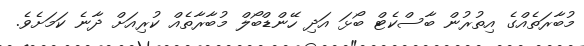
މުބާރަތެއްގެ އިތުރުން ބާސްކެޓް ބޯޅަ އަދި ހޭންޑްބޯލް މުބާރާތެއް ކުރިއަށް ދާނެ ކަމަށެވެ.